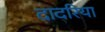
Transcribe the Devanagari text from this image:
दादरिया